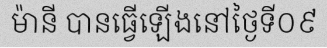
ម៉ានី បានធ្វើឡើងនៅថ្ងៃទី០៩